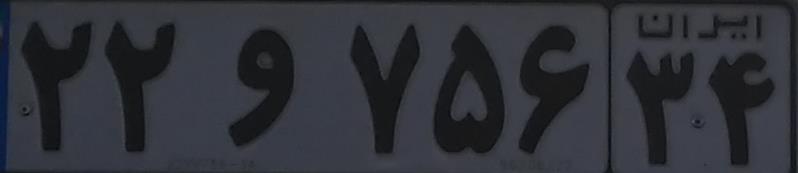
۲۲و۷۵۶۳۴